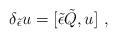
LaTeX: \begin{align*}\delta_{\tilde \epsilon} u= [{\tilde \epsilon}{\tilde Q},u]\ , \end{align*}